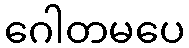
ဂေါတမပေ